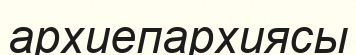
архиепархиясы